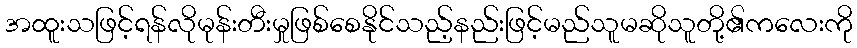
အထူးသဖြင့်ရန်လိုမုန်းတီးမှုဖြစ်စေနိုင်သည့်နည်းဖြင့်မည်သူမဆိုသူတို့၏ကလေးကို